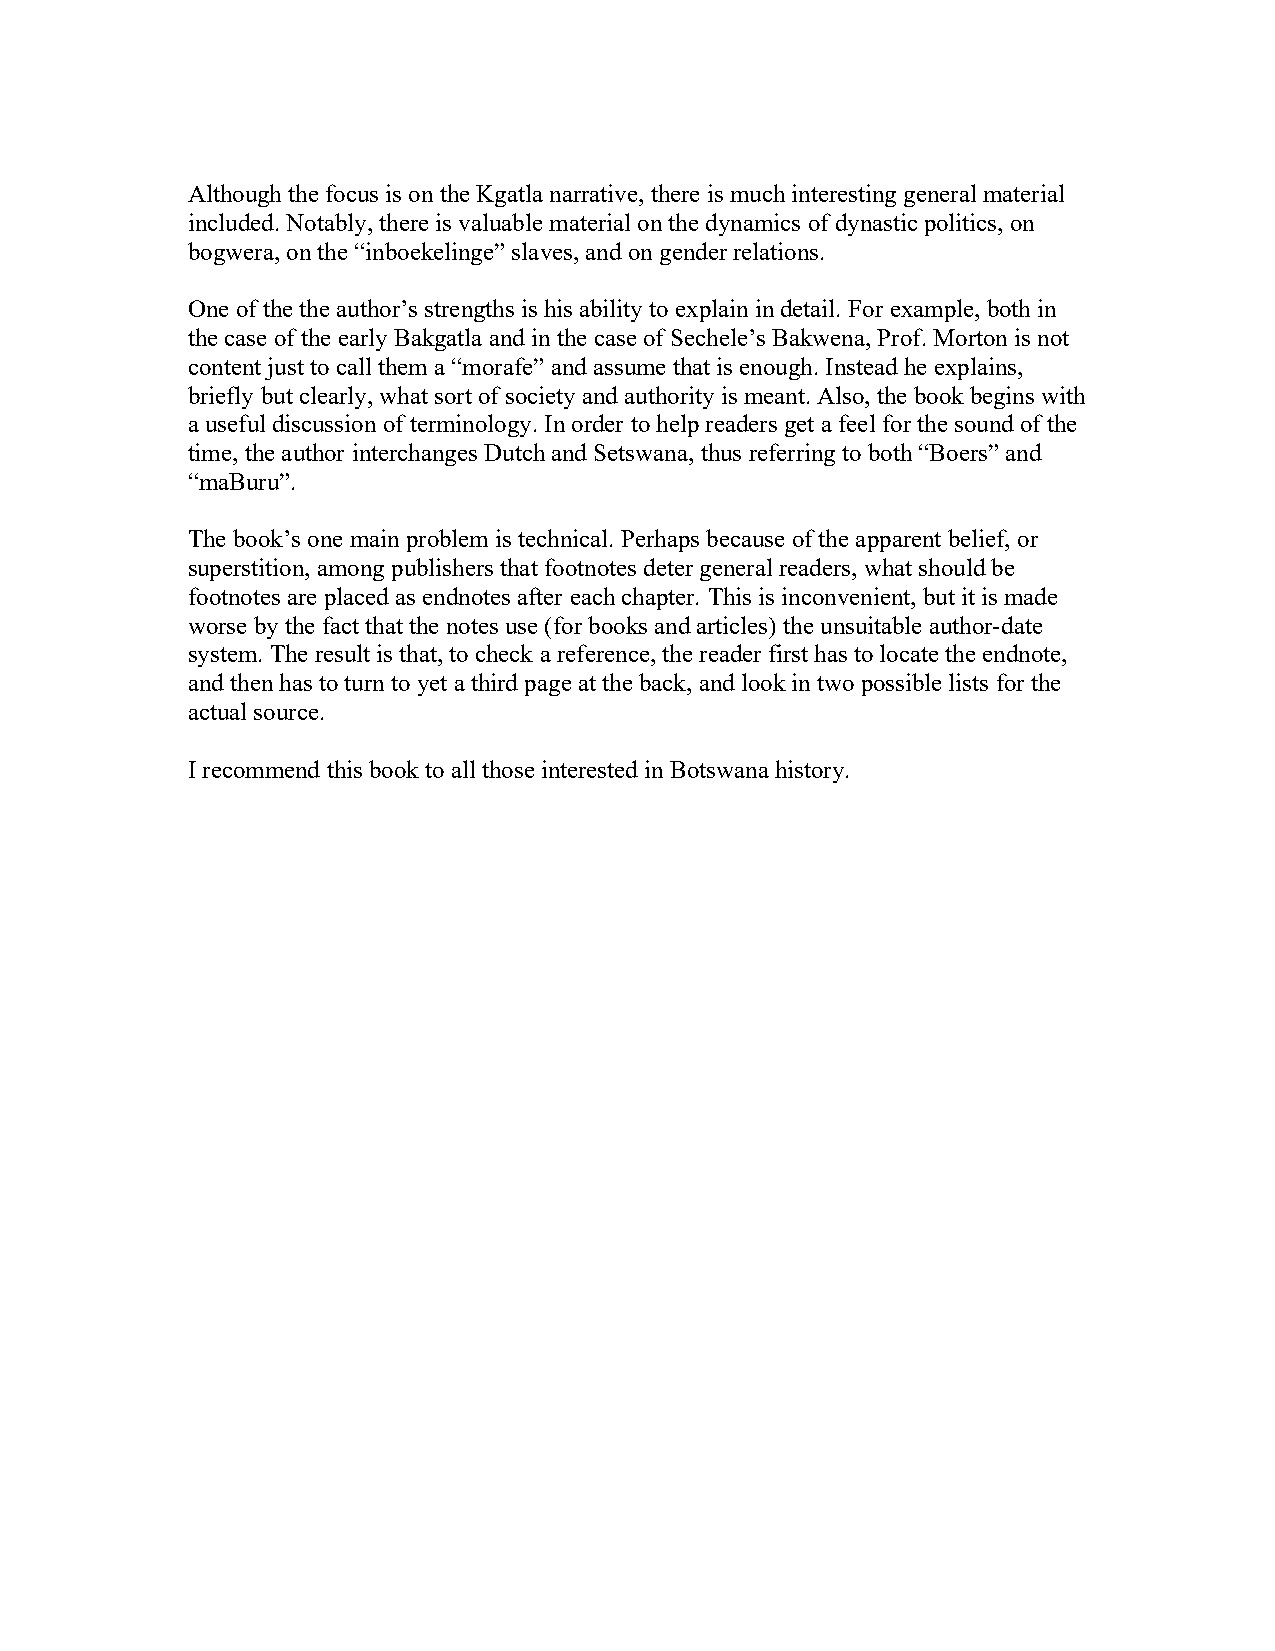
Although the focus is on the Kgatla narrative, there is much interesting general material
 included. Notably, there is valuable material on the dynamics of dynastic politics, on
 bogwera, on the “inboekelinge” slaves, and on gender relations.
 One of the the author’s strengths is his ability to explain in detail. For example, both in
 the case of the early Bakgatla and in the case of Sechele’s Bakwena, Prof. Morton is not
 content just to call them a “morafe” and assume that is enough. Instead he explains,
 briefly but clearly, what sort of society and authority is meant. Also, the book begins with
 a useful discussion of terminology. In order to help readers get a feel for the sound of the
 time, the author interchanges Dutch and Setswana, thus referring to both “Boers” and
 “maBuru”.
 The book’s one main problem is technical. Perhaps because of the apparent belief, or
 superstition, among publishers that footnotes deter general readers, what should be
 footnotes are placed as endnotes after each chapter. This is inconvenient, but it is made
 worse by the fact that the notes use (for books and articles) the unsuitable author-date
 system. The result is that, to check a reference, the reader first has to locate the endnote,
 and then has to turn to yet a third page at the back, and look in two possible lists for the
 actual source.
 I recommend this book to all those interested in Botswana history.